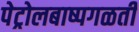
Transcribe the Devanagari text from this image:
पेट्रोलबाष्पगळती